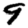
Digit: 9